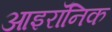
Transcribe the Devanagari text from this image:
आइरॉनिक